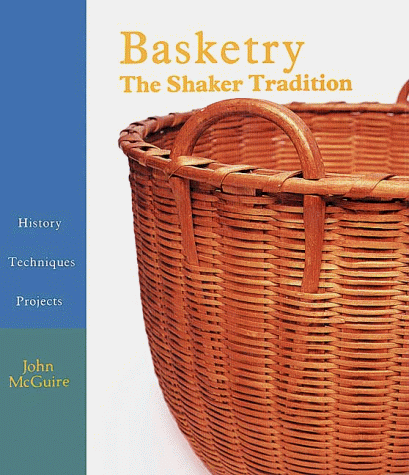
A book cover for BASKETRY: The Shaker Tradition - History, Techniques, Projects; John E. McGuire; Christian Books & Bibles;